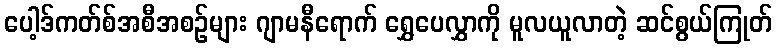
ပေါ့ဒ်ကတ်စ်အစီအစဉ်များ ဂျာမနီရောက် ရွှေပေလွှာကို မူလယူလာတဲ့ ဆင်စွယ်ကြုတ်